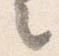
々